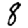
Digit: 8